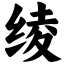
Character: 绫